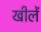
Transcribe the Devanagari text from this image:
खीलें